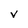
Character: v